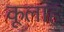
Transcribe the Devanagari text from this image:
कूलाह